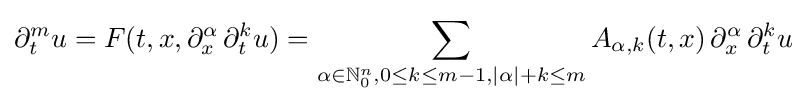
\partial _{t}^{m}u=F(t,x,\partial _{x}^{\alpha }\,\partial _{t}^{k}u)=\sum _{\alpha \in \mathbb {N} _{0}^{n},0\leq k\leq m-1,|\alpha |+k\leq m}A_{\alpha ,k}(t,x)\,\partial _{x}^{\alpha }\,\partial _{t}^{k}u